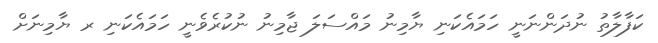
ކަފާލާތު ނުދަންނަނީ ހަމައެކަނި ޔާމިނު މައްސަލަ ޖާމިނު ނުކުރެވެނީ ހަމައެކަނި ރ ޔާމިނަށް